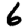
Digit: 6